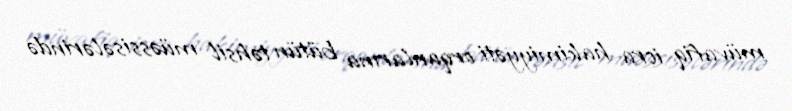
müvafiq icra hakimiyyəti orqanlarına bütün təhsil müəssisələrində